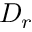
D _ { r }